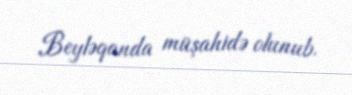
Beyləqanda müşahidə olunub.